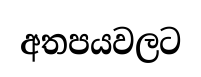
අතපයවලට